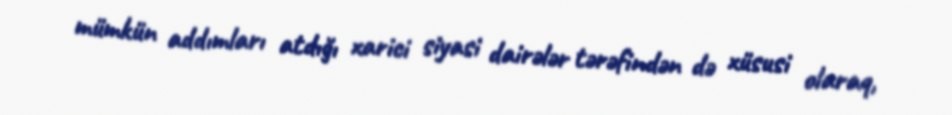
mümkün addımları atdığı xarici siyasi dairələr tərəfindən də xüsusi olaraq,